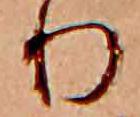
り